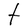
Character: t